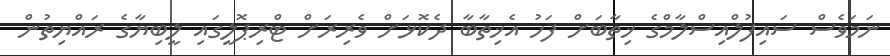
ނަމަވެސް ސައިފުލްއިސްލާމްގެ ޚިތާބަށް ފަހު އެޚިތާބާ ދެކޮޅަށް ވެރިރަށް ޓްރިޕޮލީގައި ލީބިޔާގެ ރައްޔިތުން